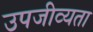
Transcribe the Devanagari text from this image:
उपजीव्यता